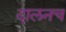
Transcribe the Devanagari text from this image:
दालनच